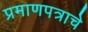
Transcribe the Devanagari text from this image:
प्रमाणपत्राचे